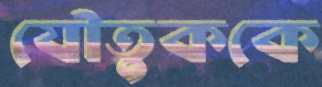
যৌতুককে